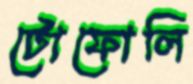
টোফোলি